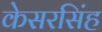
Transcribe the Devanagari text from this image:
केसरसिंह